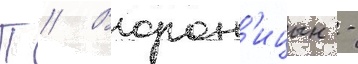
П // Ворон'ицын -